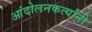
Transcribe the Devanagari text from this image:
आंदोलनकर्त्यांनी